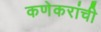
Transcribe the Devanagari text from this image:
कणेकरांची